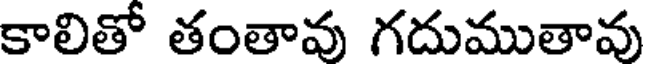
కాలితో తంతావు గదుముతావు